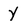
Character: Y